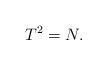
LaTeX: \begin{align*}\,T^2=N.\end{align*}